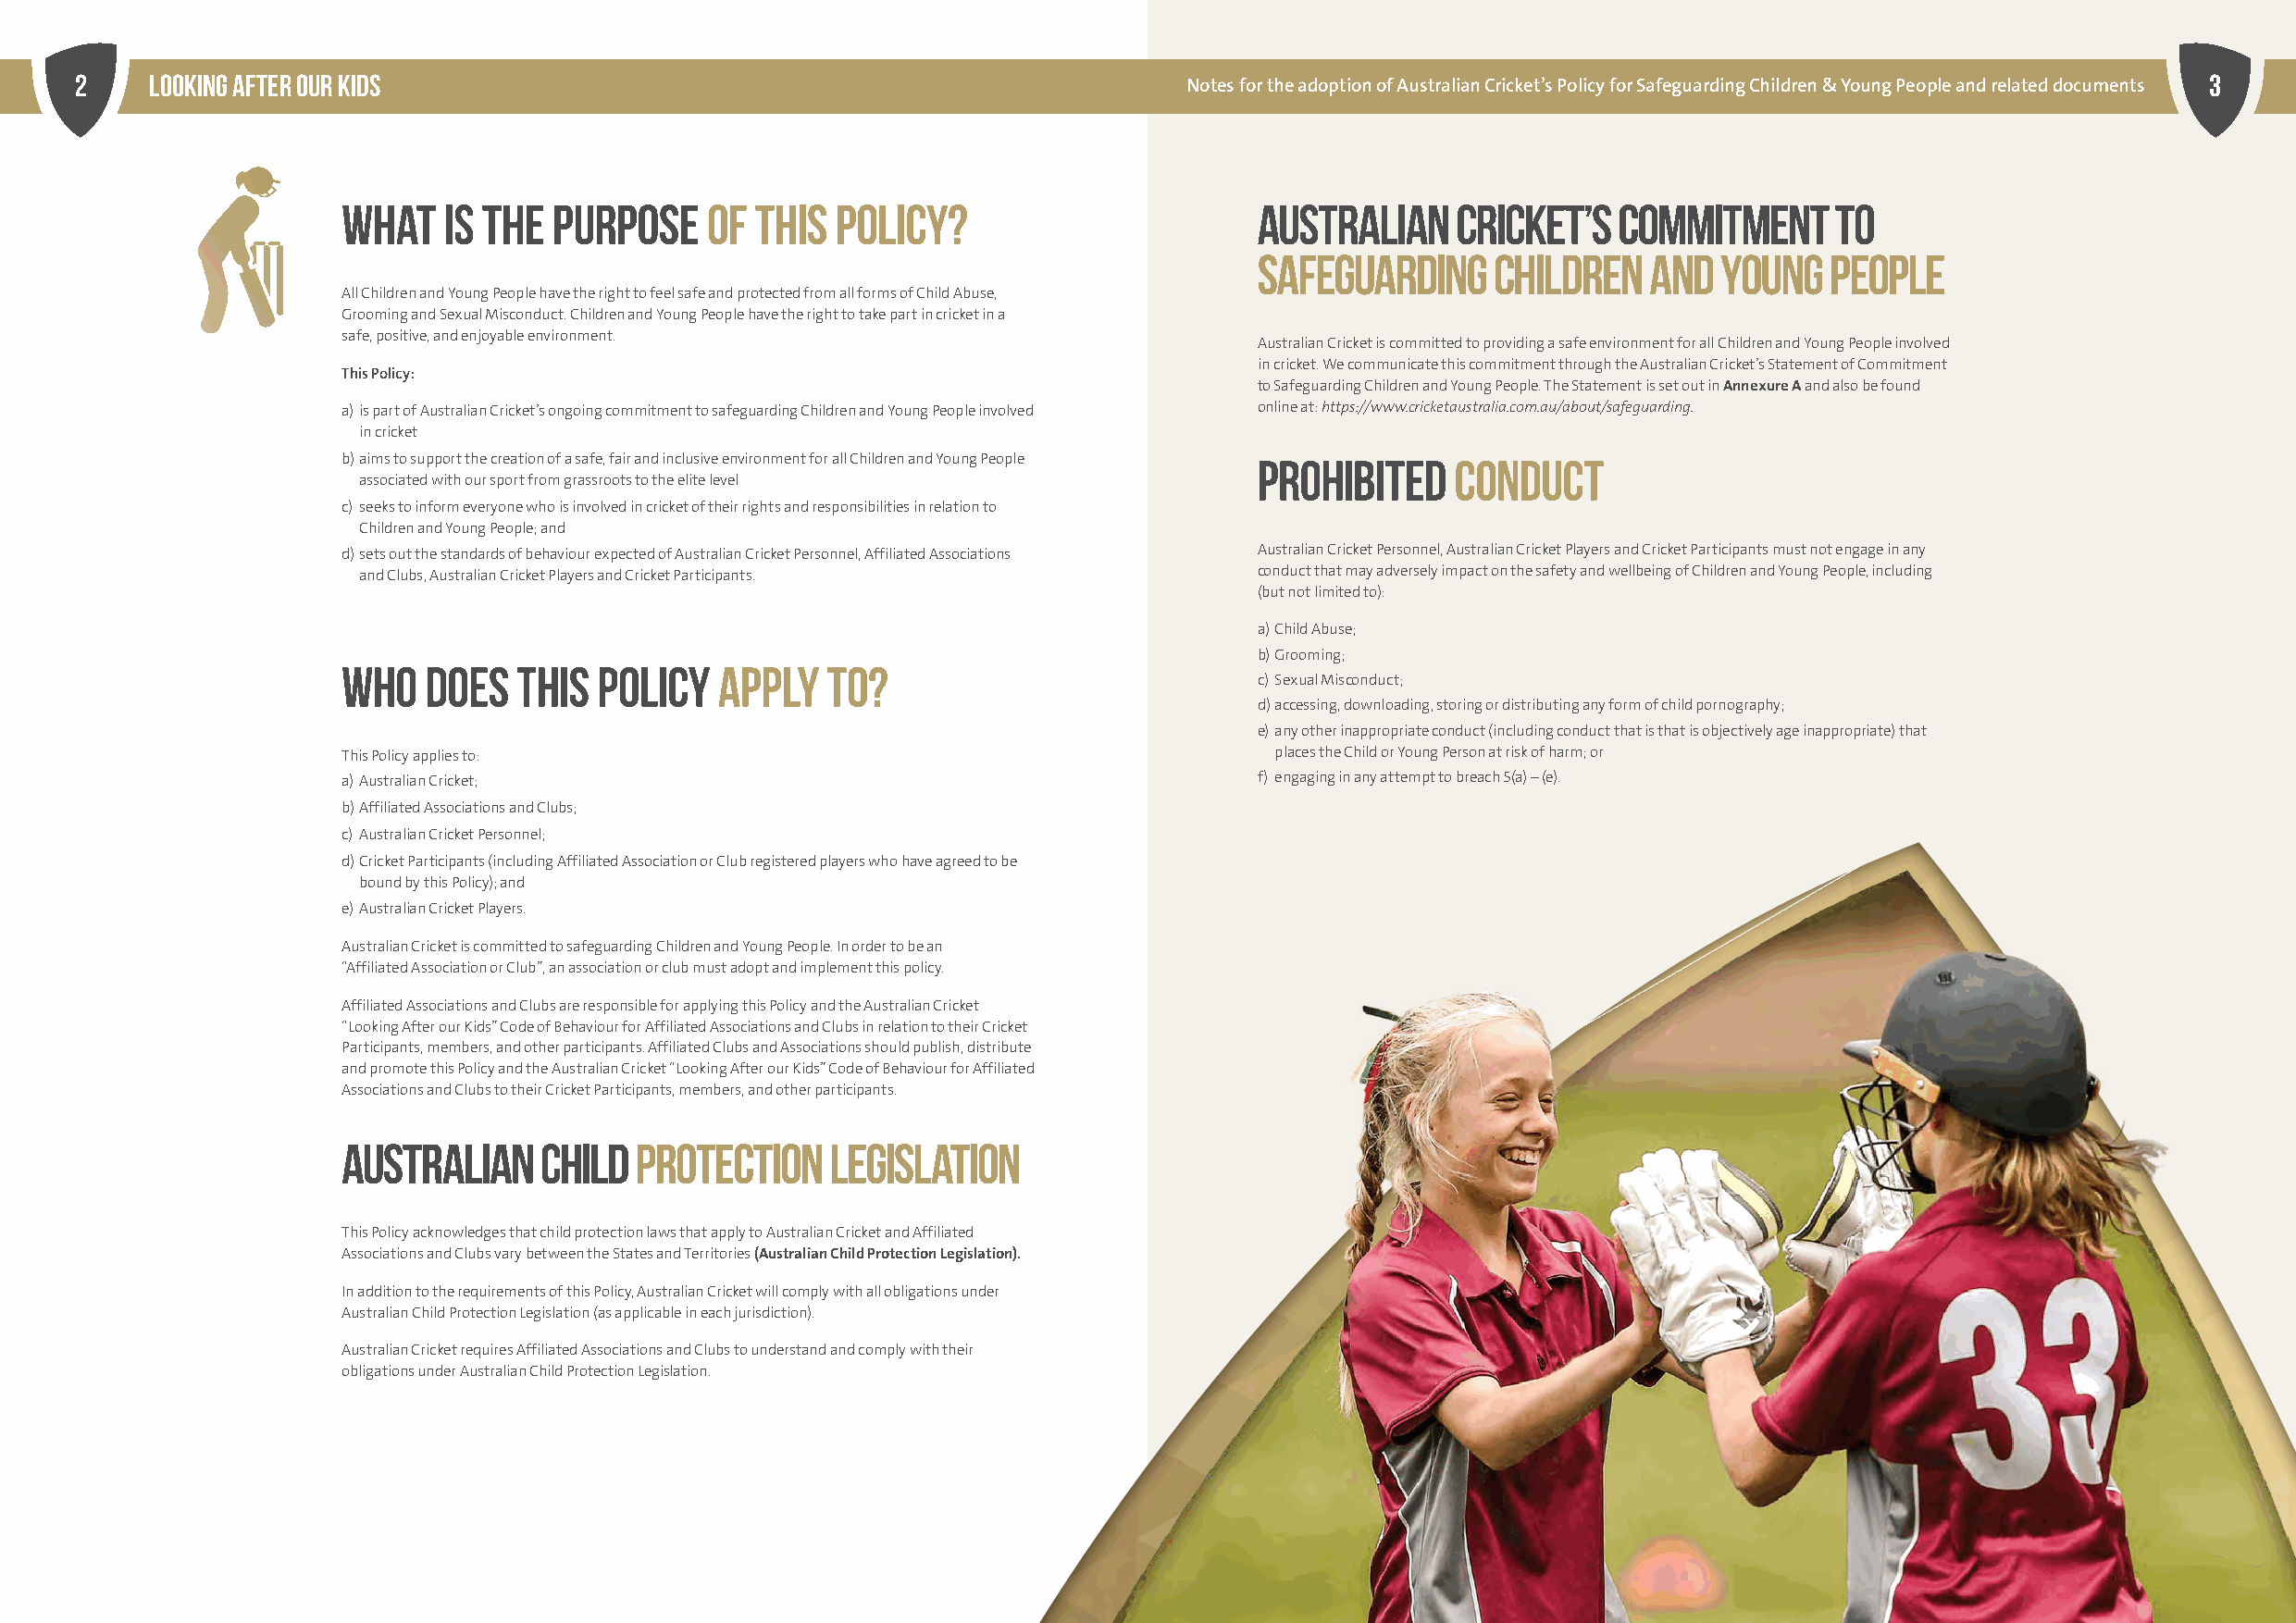
2     Looking After our kids                                                                                                                             3
 Notes for the adoption of Australian Cricket’s Policy for Safeguarding Children & Young People and related documents
 WHAT    IS THE  PURPOSE    OF THIS  POLICY?                       AUSTRALIAN    CRICKET’S   COMMITMENT     TO
 SAFEGUARDING     CHILDREN   AND  YOUNG   PEOPLE
 All Children and Young People have the right to feel safe and protected from all forms of Child Abuse,
 Grooming and Sexual Misconduct. Children and Young People have the right to take part in cricket in a
 safe, positive, and enjoyable environment.
 Australian Cricket is committed to providing a safe environment for all Children and Young People involved
 in cricket. We communicate this commitment through the Australian Cricket’s Statement of Commitment
 This Policy:
 to Safeguarding Children and Young People. The Statement is set out in Annexure A and also be found
 a) is part of Australian Cricket’s ongoing commitment to safeguarding Children and Young People involved online at: https://www.cricketaustralia.com.au/about/safeguarding.
 in cricket
 b) aims to support the creation of a safe, fair and inclusive environment for all Children and Young People PROHIBITED CONDUCT
 associated with our sport from grassroots to the elite level
 c) seeks to inform everyone who is involved in cricket of their rights and responsibilities in relation to
 Children and Young People; and
 d) sets out the standards of behaviour expected of Australian Cricket Personnel, Affiliated Associations Australian Cricket Personnel, Australian Cricket Players and Cricket Participants must not engage in any
 and Clubs, Australian Cricket Players and Cricket Participants. conduct that may adversely impact on the safety and wellbeing of Children and Young People, including
 (but not limited to):
 a) Child Abuse;
 b)Grooming;
 WHO   DOES   THIS  POLICY  APPLY   TO?
 c) Sexual Misconduct;
 d) accessing, downloading, storing or distributing any form of child pornography;
 e) any other inappropriate conduct (including conduct that is that is objectively age inappropriate) that
 This Policy applies to:                                            places the Child or Young Person at risk of harm; or
 a) Australian Cricket;                                            f) engaging in any attempt to breach 5(a) – (e).
 b) Affiliated Associations and Clubs;
 c) Australian Cricket Personnel;
 d) Cricket Participants (including Affiliated Association or Club registered players who have agreed to be
 bound by this Policy); and
 e) Australian Cricket Players.
 Australian Cricket is committed to safeguarding Children and Young People. In order to be an
 “Affiliated Association or Club”, an association or club must adopt and implement this policy.
 Affiliated Associations and Clubs are responsible for applying this Policy and the Australian Cricket
 “Looking After our Kids” Code of Behaviour for Affiliated Associations and Clubs in relation to their Cricket
 Participants, members, and other participants. Affiliated Clubs and Associations should publish, distribute
 and promote this Policy and the Australian Cricket “Looking After our Kids” Code of Behaviour for Affiliated
 Associations and Clubs to their Cricket Participants, members, and other participants.
 AUSTRALIAN     CHILD PROTECTION    LEGISLATION
 This Policy acknowledges that child protection laws that apply to Australian Cricket and Affiliated
 Associations and Clubs vary between the States and Territories (Australian Child Protection Legislation).
 In addition to the requirements of this Policy, Australian Cricket will comply with all obligations under
 Australian Child Protection Legislation (as applicable in each jurisdiction).
 Australian Cricket requires Affiliated Associations and Clubs to understand and comply with their
 obligations under Australian Child Protection Legislation.